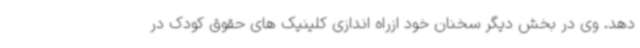
دهد. وی در بخش دیگر سخنان خود ازراه اندازی کلینیک های حقوق کودک در